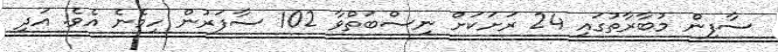
ސާފިން މުބާރާތުގައި 24 ރަށަކަށް ނިސްބަތްވާ 102 ސާފަރުން ހިމެނެ އެވެ. އަދި